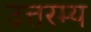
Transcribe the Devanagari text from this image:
उत्तरम्य